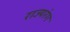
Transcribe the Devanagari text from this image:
राज्यरंग